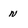
Character: N